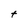
Character: t